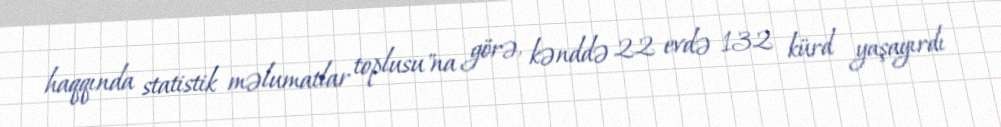
haqqında statistik məlumatlar toplusu"na görə, kənddə 22 evdə 132 kürd yaşayırdı